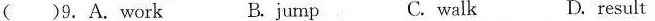
( )9. A.Work B.jump C. walk D. result